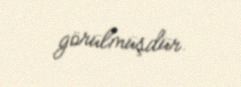
görülmüşdür.